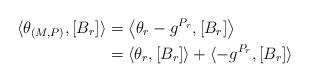
LaTeX: \begin{align*}\langle \theta_{(M,P)} , [B_{r}] \rangle &= \left\langle \theta_r - g^{P_{r}}, [B_{r}] \right\rangle \\&= \langle \theta_r, [B_r] \rangle + \langle -g^{P_r} , [B_r] \rangle\end{align*}